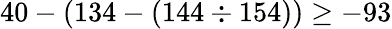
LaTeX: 40-(134-(144\div 154))\geq-93